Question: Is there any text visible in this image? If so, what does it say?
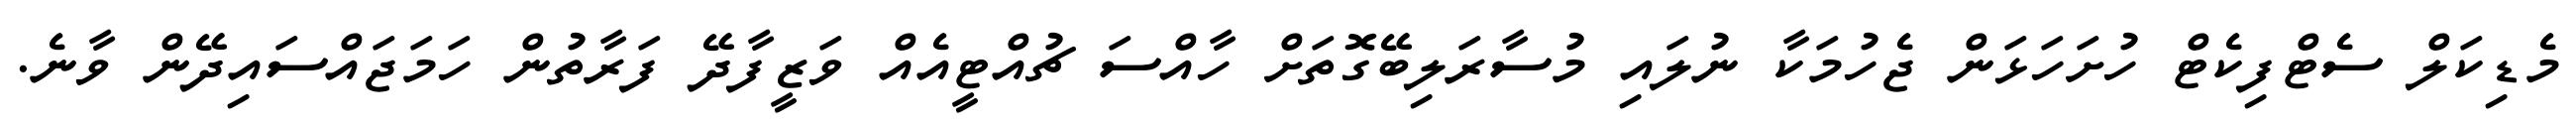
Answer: މެޑިކަލް ސެޓްފިކެޓް ހުށަހަޅަން ޖެހުމަކާ ނުލައި މުސާރަލިބޭގޮތަށް ހާއްސަ ޗުއްޓީއެއް ވަޒީފާދޭ ފަރާތުން ހަމަޖައްސައިދޭން ވާނެ.